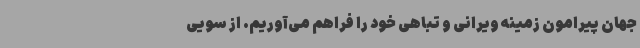
جهان پیرامون زمینه ویرانی و تباهی خود را فراهم می‌آوریم. از سویی